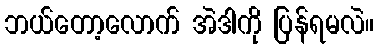
ဘယ်တော့လောက် အဲဒါကို ပြန်ရမလဲ။